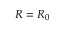
R = { R _ { 0 } }